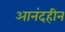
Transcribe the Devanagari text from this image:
आनंदहीन